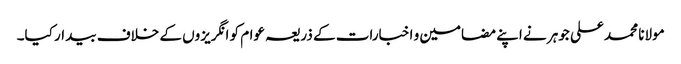
مولانا محمد علی جوہر نے اپنے مضامین و اخبارات کے ذریعہ عوام کو انگریزوں کے خلاف بیدار کیا۔